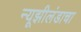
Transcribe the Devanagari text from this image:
न्यूझीलंडाचा